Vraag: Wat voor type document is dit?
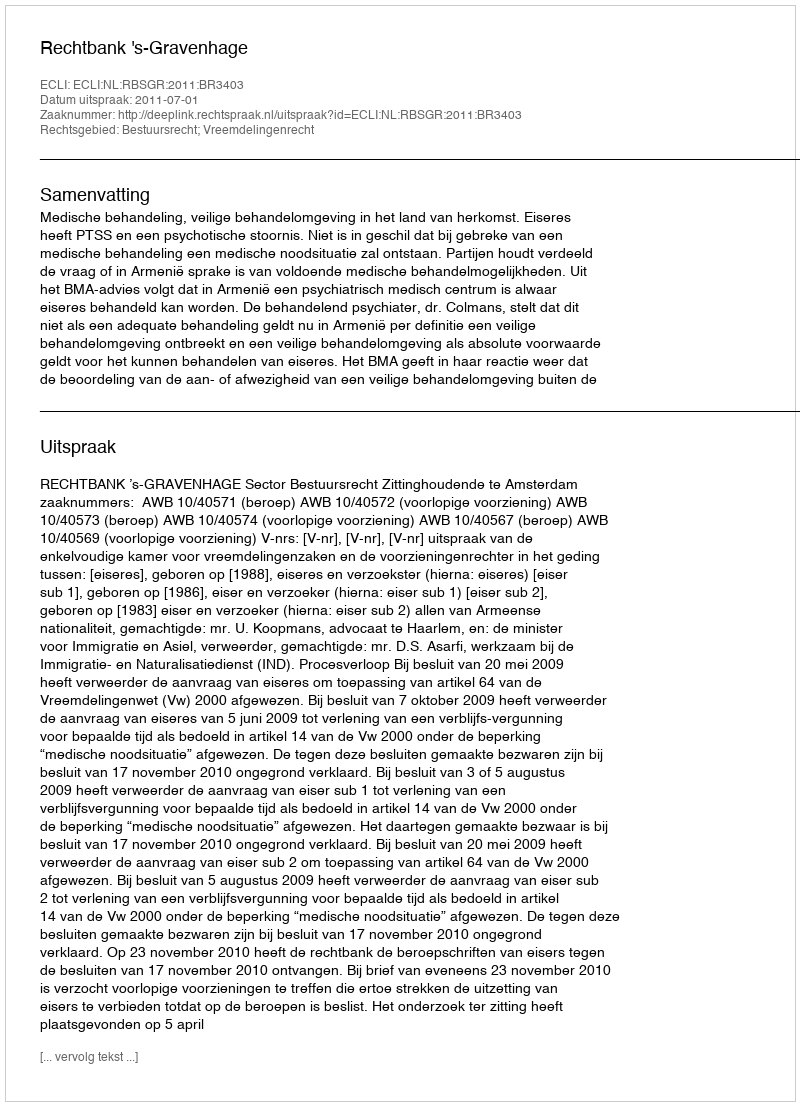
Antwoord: Uitspraak